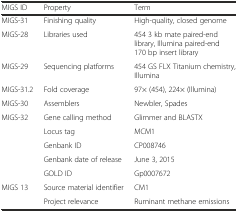
<table><thead><tr><td><b>MIGS ID</b></td><td><b>Property</b></td><td><b>Term</b></td></tr></thead><tbody><tr><td>MIGS-31</td><td>Finishing quality</td><td>High-quality, closed genome</td></tr><tr><td>MIGS-28</td><td>Libraries used</td><td>454 3 kb mate paired-end library, Illumina paired-end 170 bp insert library</td></tr><tr><td>MIGS-29</td><td>Sequencing platforms</td><td>454 GS FLX Titanium chemistry, Illumina</td></tr><tr><td>MIGS-31.2</td><td>Fold coverage</td><td>97× (454), 224× (Illumina)</td></tr><tr><td>MIGS-30</td><td>Assemblers</td><td>Newbler, Spades</td></tr><tr><td rowspan="2">MIGS-32</td><td>Gene calling method</td><td>Glimmer and BLASTX</td></tr><tr><td>Locus tag</td><td>MCM1</td></tr><tr><td></td><td>Genbank ID</td><td>CP008746</td></tr><tr><td></td><td>Genbank date of release</td><td>June 3, 2015</td></tr><tr><td></td><td>GOLD ID</td><td>Gp0007672</td></tr><tr><td rowspan="2">MIGS 13</td><td>Source material identifier</td><td>CM1</td></tr><tr><td>Project relevance</td><td>Ruminant methane emissions</td></tr></tbody></table>